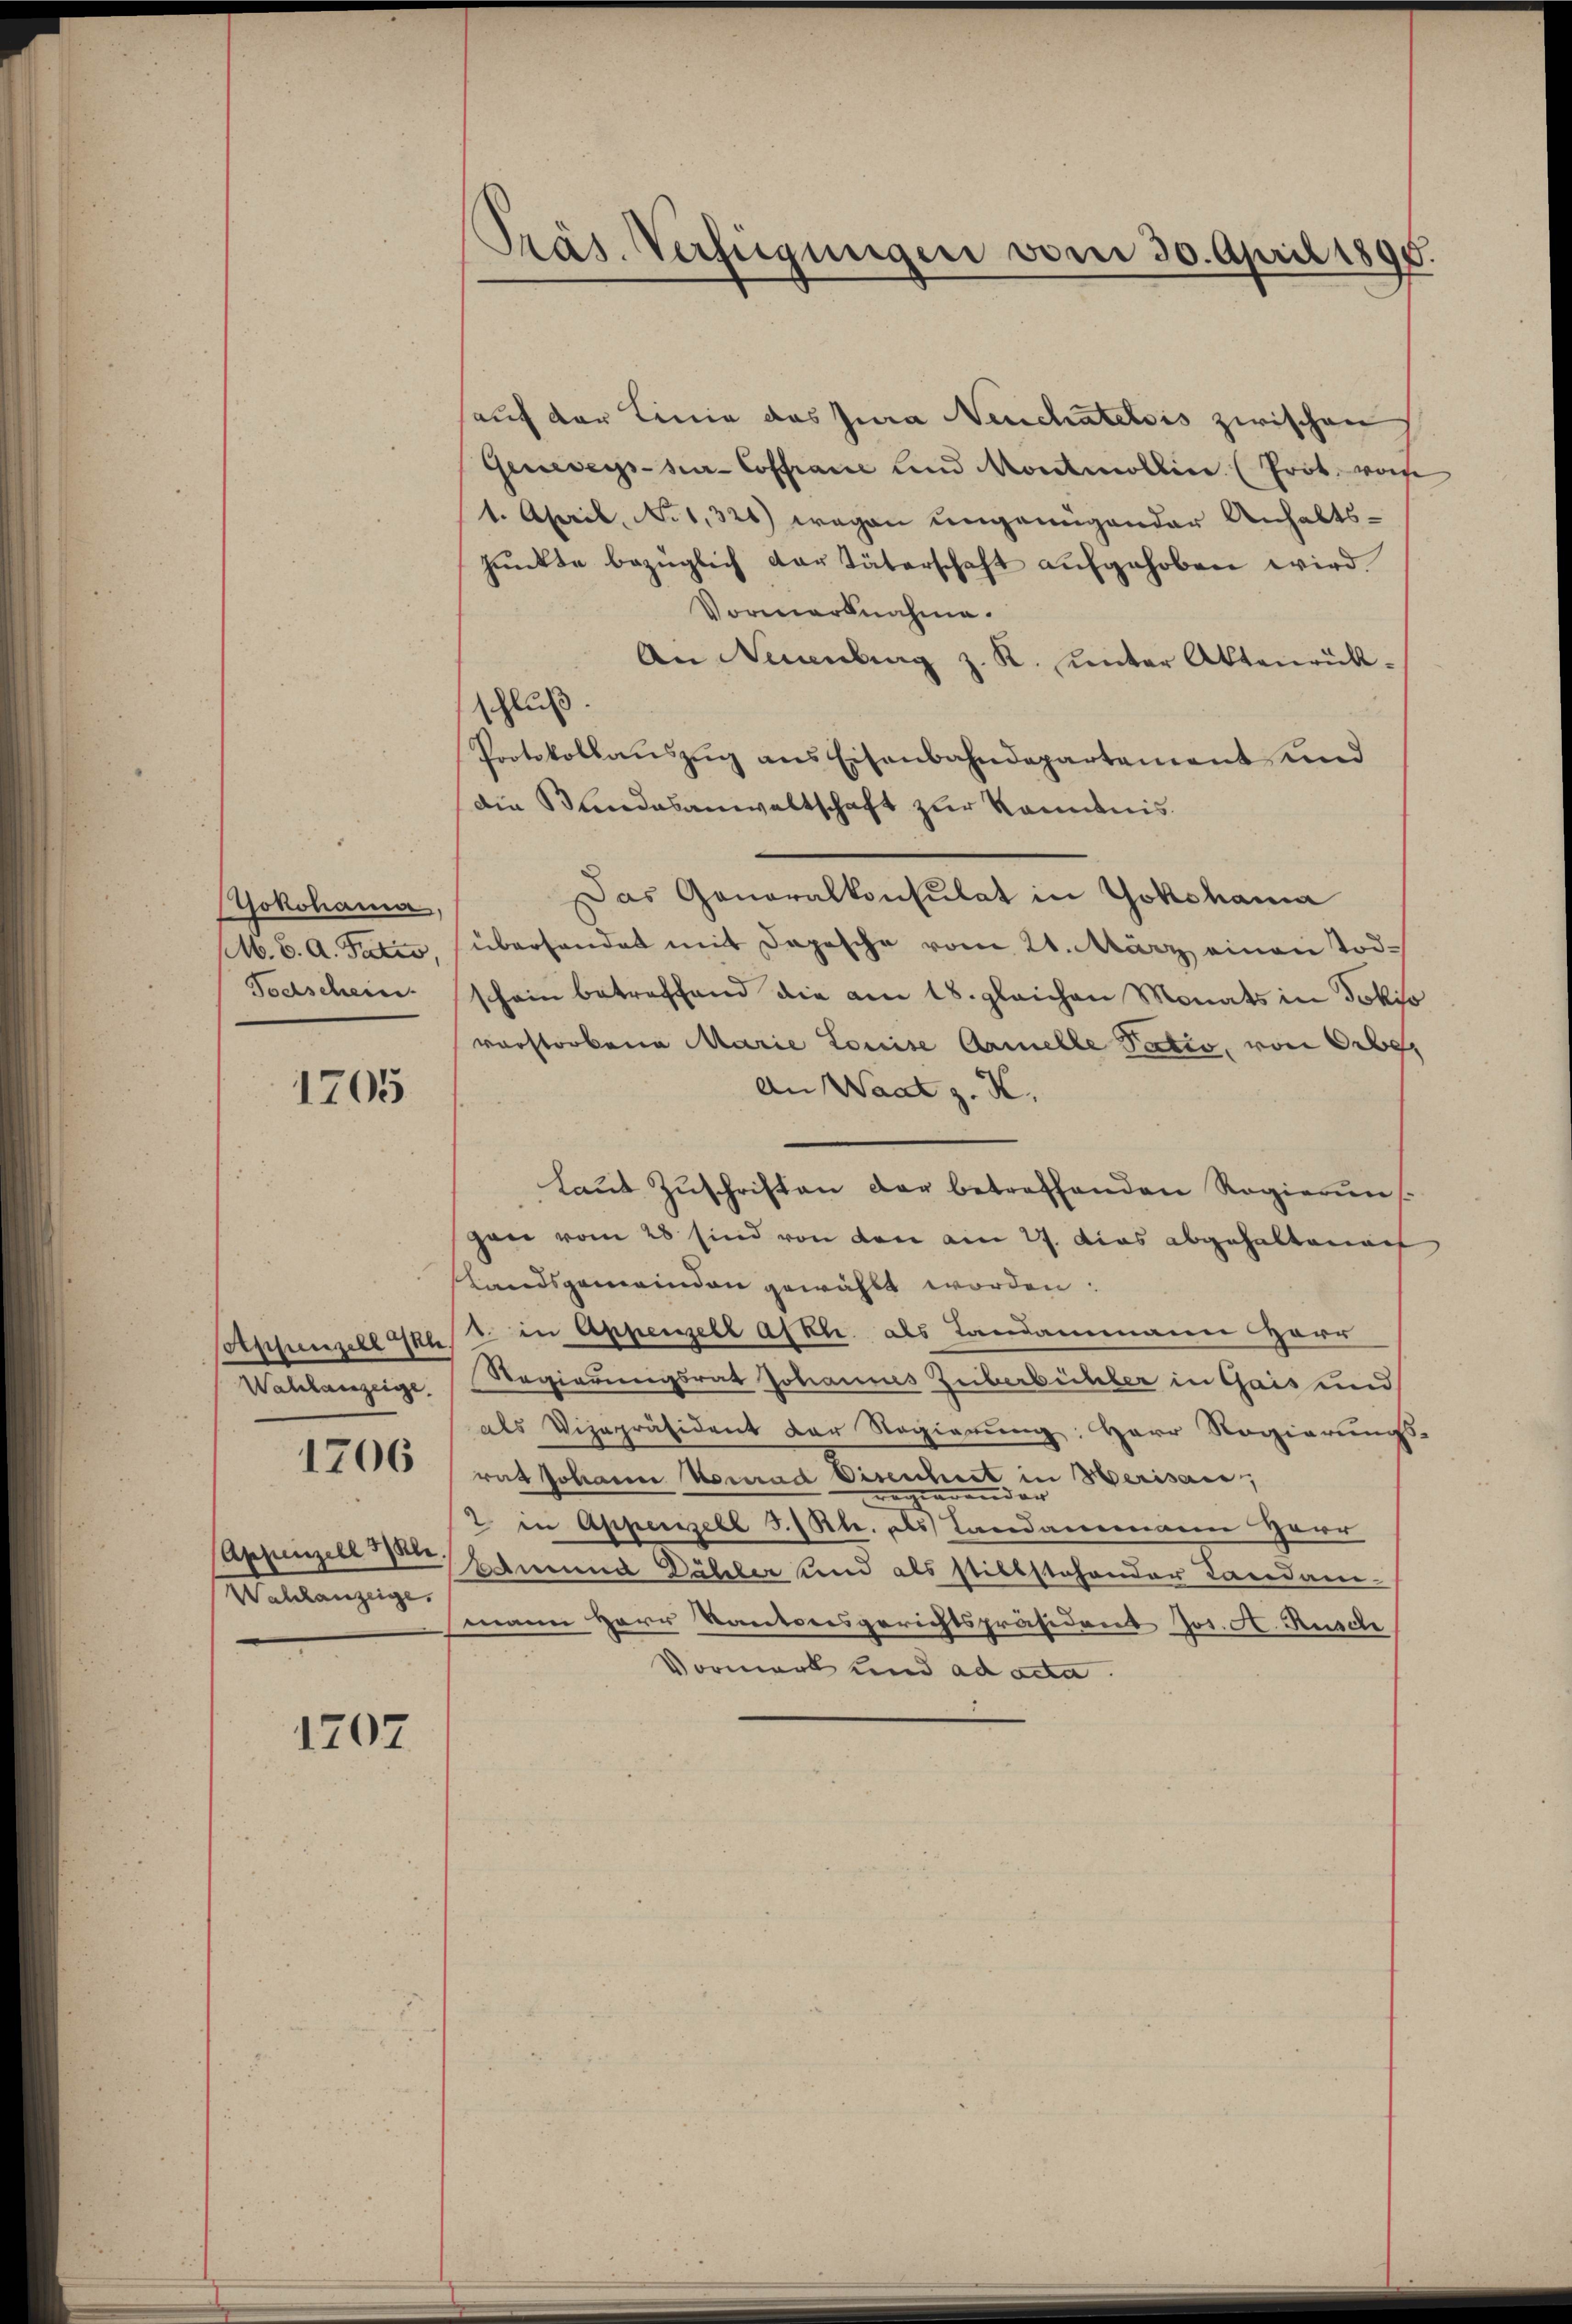
Yokohama,
M. C. A. Tatio,
Todschein

1705

Aschenzell kl
Wahlanzeige.

1706

Appenzell 3 Kle
Wahlanzeige,

1707

Präs. Verfügungen vom 30. April 1895.

auf der Linie das Jura Neuchatelois zwischen
Genevegs-sier-Coffrance und Montmollin (Prot. vom
1. April, No 1321) wegen ungenügender Anhaltspŭnkte bezüglich der Täterschaft aŭfgehoben wird.
Vormarknahme.
An Neuenburg z. K. unter Aktenrückschluß.
Protokollaŭszŭg ans Eisenbahndepartement und
die Bundesanwaltschaft zur Kenntnis.
Das Generalkonsulat in Yokohama
überhandet mit Depesche vom 21. März einen Tod.
schein betreffend die am 18. gleichen Monats in Jokiso
vorstorbene Marie Louise Armelle Tatio, von Obe
An Waat z. K.
Laut Zuschriften der betreffenden Regieruns
gan vom 28 sind von den am 27. Das abgehaltende
Landsgemeinden gewählt worden.
1 in Appenzell Askl. als Landammann Harr
Regierungsrat Johannes Zuberbüchler in Gais und
als Vizepräsident der Regierung: Herr Regierungs-
rat Johanne Konrad Diseschnet in Herisaue,
e
2 in Appenzell I. Kl. als Landammann Herr
smund Dähler und als stillstehender Landan-
mann Herr Kantonsgerichtspräsident Jos. A. Rusch
Vormerk und ad acta.